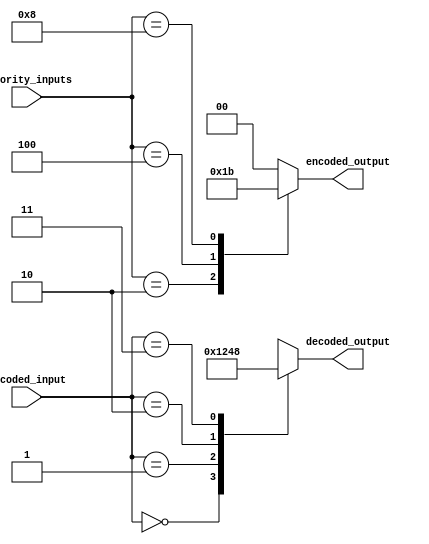
module priority_encoder_decoder (
    input [3:0] priority_inputs,
    output reg [1:0] encoded_output,
    input [1:0] decoded_input,
    output reg [3:0] decoded_output
);

always @* begin
    case(priority_inputs)
        4'b0001: encoded_output = 2'b00;
        4'b0010: encoded_output = 2'b01;
        4'b0100: encoded_output = 2'b10;
        4'b1000: encoded_output = 2'b11;
        default: encoded_output = 2'b00;
    endcase
end

always @* begin
    case(decoded_input)
        2'b00: decoded_output = 4'b0001;
        2'b01: decoded_output = 4'b0010;
        2'b10: decoded_output = 4'b0100;
        2'b11: decoded_output = 4'b1000;
        default: decoded_output = 4'b0001;
    endcase
end

endmodule